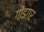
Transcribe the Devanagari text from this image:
गोंइगर